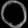
Digit: ၀